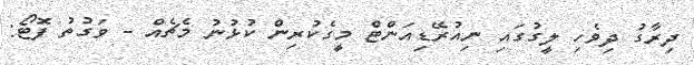
ދިރާގު ދިވެހި ލީގުގައި ނިއުރޭޑިއަންޓް މީގެކުރިން ކުޅުނު މެޗެއް - ވަގުތު ފޮޓޯ: